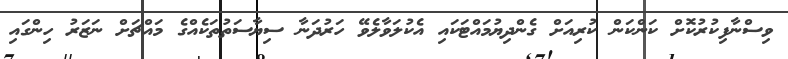
ވިސްނާފިކުރުކޮށް ކަންކަން ކުރިއަށް ގެންދިޔުމައްޓަކައި އެކުލަވާލެވޭ ހަރުދަނާ ސިޔާސަތުތަކެއްގެ މައްޗަށް ނަޒަރު ހިންގައި